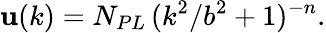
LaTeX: \mathbf{u}(k)=N_{PL}\, {(k^{2}/b^{2}+1)^{-n}}.